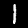
Label: 1